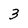
Character: 3